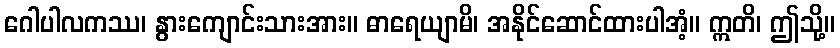
ဂေါပါလကဿ၊ နွားကျောင်းသားအား။ ဓာရေယျာမိ၊ အနိုင်ဆောင်ထားပါအံ့။ ဣတိ၊ ဤသို့။